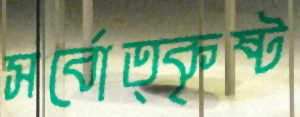
সর্বোত্কৃষ্ট